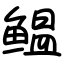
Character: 鳁